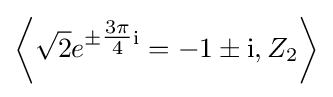
\left\langle {\sqrt {2}}e^{\pm {\tfrac {3\pi }{4}}\mathrm {i} }=-1\pm \mathrm {i} ,Z_{2}\right\rangle